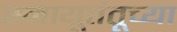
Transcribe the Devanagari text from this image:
स्नायूतंतूच्या